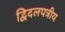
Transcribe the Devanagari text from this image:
द्विदलपत्रीय